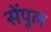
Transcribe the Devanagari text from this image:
सेंपुल